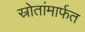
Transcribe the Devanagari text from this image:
स्रोतांमार्फत